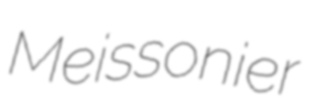
Meissonier